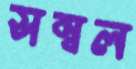
সম্বল